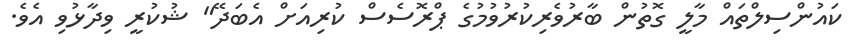
ކައުންސިލްތައް މާލީ ގޮތުން ބާރުވެރިކުރުވުމުގެ ޕްރޮސެސް ކުރިއަށް އެބަދޭ" ޝުކުރީ ވިދާޅުވި އެވެ.